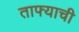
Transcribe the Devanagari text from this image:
ताफ्याची